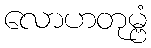
လောဟတုမ္ဗံ